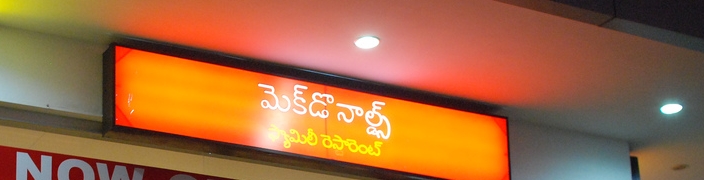
Language: telugu
Transcription: ఫ్యామిలీ రెస్టారెంట్